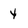
Character: y